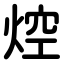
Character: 焢